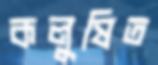
কলুষিত